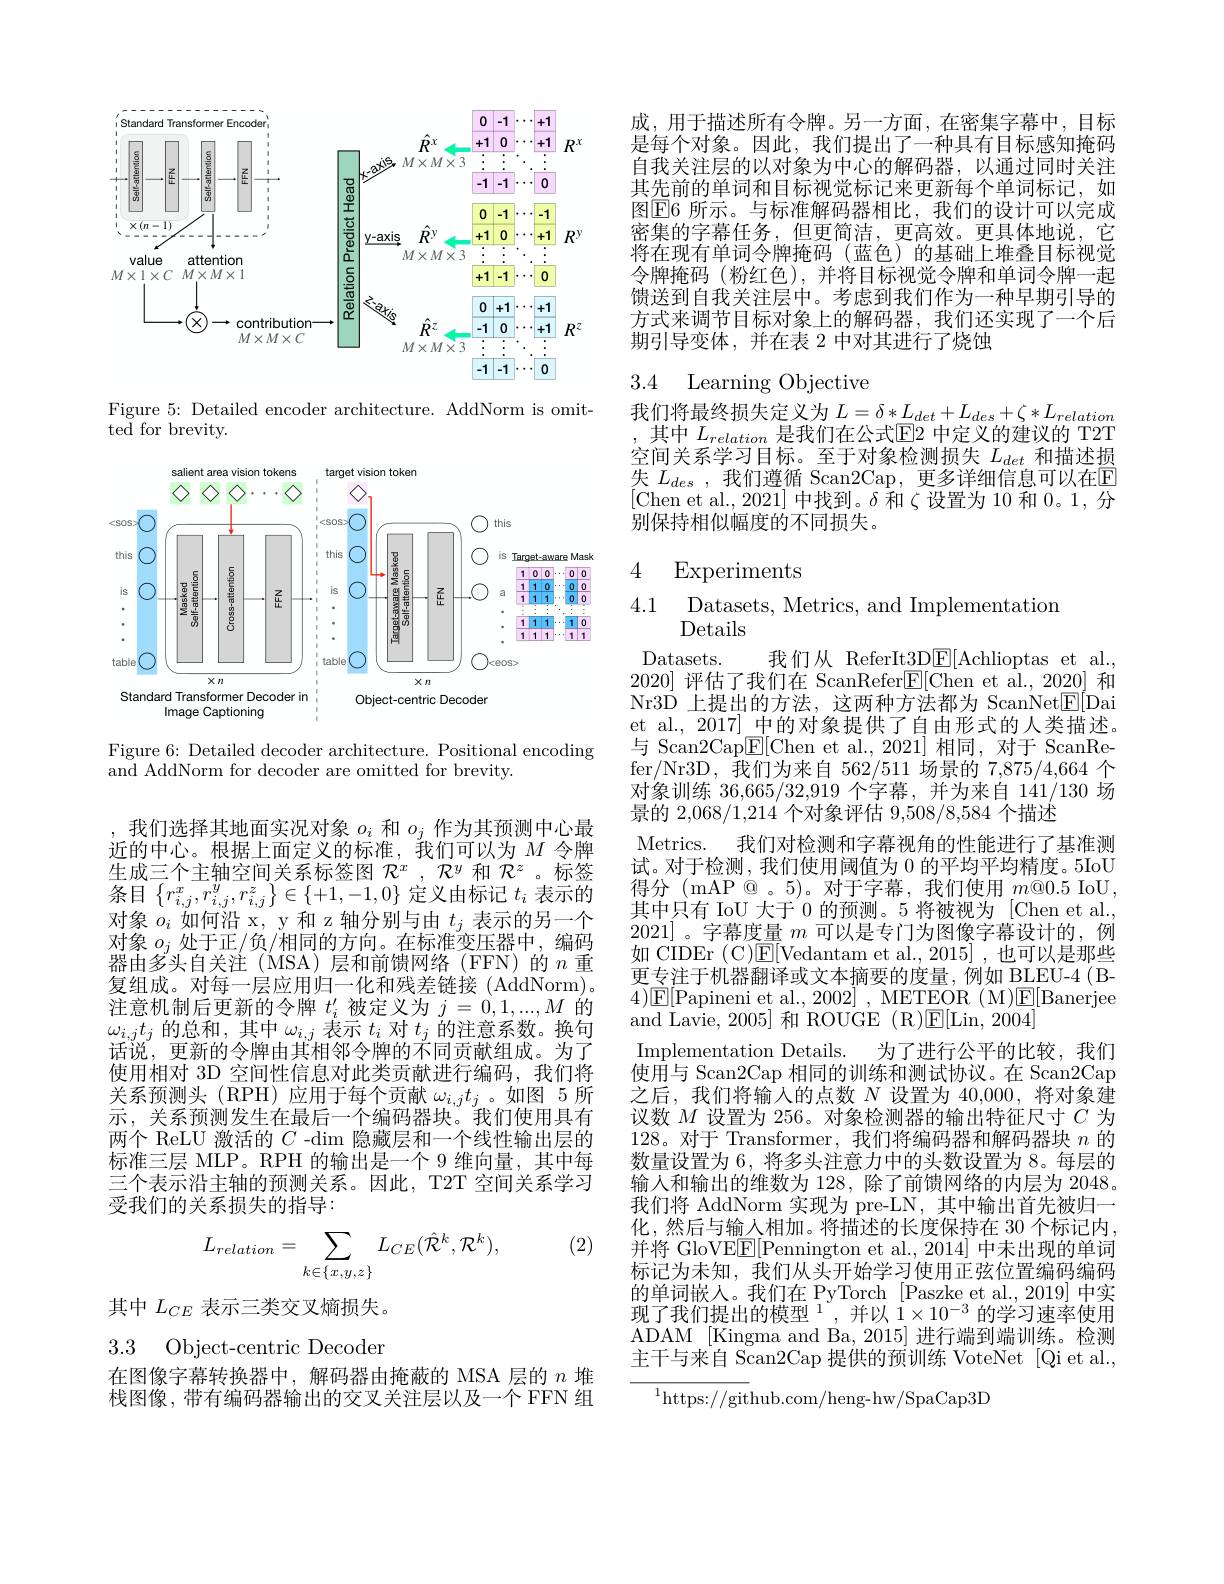
<FigureHere>

Figure 5: Detailed encoder architecture. AddNorm is omit-
${\mathrm{ted~for~brevity.}}$

<FigureHere>

Figure 6: Detailed decoder architecture. Positional encoding
and AddNorm for decoder are omitted for brevity.

我们选择其地面实况对象$o_i$和$o_j$作为其预测中心最近的中心。根据上面定义的标准，我们可以为$M$令牌生成三个主轴空间关系标签图$\mathcal{R}^x,\mathcal{R}^y$和$\mathcal{R}^z$。标签条目$\left\{r_{i,j}^{x},r_{i,j}^{y},r_{i,j}^{z}\right\}\in\left\{+1,-1,0\right\}$定义由标记$t_i$表示的对象$o_i$如何沿 x, y 和 z 轴分别与由$t_j$表示的另一个对象$o_{j}$处于正/负/相同的方向。在标准变压器中，编码器由多头自关注(MSA)层和前馈网络(FFN)的$n$ 重复组成。对每一层应用归一化和残差链接 (AddNorm)。注意机制后更新的令牌$t_i^\prime$被定义为$j=0,1,...,M$的$\omega_{i,j}t_j$的总和 , 其中$\omega_i,j$表示$t_i$对$t_j$的注意系数。换句话说，更新的令牌由其相邻令牌的不同贡献组成。为了使用相对 3D 空间性信息对此类贡献进行编码，我们将关系预测头(RPH)应用于每个贡献$\omega_i,jt_j$。如图 5 所示 , 关系预测发生在最后一个编码器块。我们使用具有两个 ReLU 激活的$C$ -dim 隐藏层和一个线性输出层的标准三层 MLP。RPH 的输出是一个 9 维向量，其中每三个表示沿主轴的预测关系。因此，T2T 空间关系学习受我们的关系损失的指导：

(2)
$$L_{relation}=\sum_{k\in\{x,y,z\}}L_{CE}(\hat{\mathcal{R}}^{k},\mathcal{R}^{k}),$$
其中$L_{CE}$表示三类交叉熵损失。

3.3 Object-centric Decoder

在图像字幕转换器中，解码器由掩蔽的 MSA 层的$n$堆栈图像，带有编码器输出的交叉关注层以及一个 FFN 组

成，用于描述所有令牌。另一方面，在密集字幕中，目标是每个对象。因此，我们提出了一种具有目标感知掩码自我关注层的以对象为中心的解码器，以通过同时关注其先前的单词和目标视觉标记来更新每个单词标记，如图$\overline{\mathrm{E}}$6 所示。与标准解码器相比，我们的设计可以完成密集的字幕任务，但更简洁，更高效。更具体地说，它将在现有单词令牌掩码(蓝色)的基础上堆叠目标视觉令牌掩码(粉红色),并将目标视觉令牌和单词令牌一起馈送到自我关注层中。考虑到我们作为一种早期引导的方式来调节目标对象上的解码器，我们还实现了一个后期引导变体，并在表 2 中对其进行了烧蚀

## 3.4 Learning Objective

我们将最终损失定义为$L=\delta*L_{det}+L_{d}$ ,其中$L_relation$是我们在公式$\boxed{\mathrm{E}}2$ 中定义的建议的 T2T 空间关系学习目标。至于对象检测损失$L_{det}$ $\overline{\text{失 }L_{des}}$,我们遵循 Scan2Cap,更多详细信息可以在E [Chen et al.,2021] 中找到。$\delta$和$\zeta$设置为10 和0。1,分别保持相似幅度的不同损失。

# 4 Experiments

4.1 Datasets, Metrics, and Implementation
Details

Datasets.
我们从 ReferIt3D$\boxed{\mathrm{E}}[$Achl
2020]评估了我们在 ScanRefer$\boxed{\mathrm{E}}[$Chen et al.,2020] 和Nr3D 上提出的方法，这两种方法都为 ScanNet et al., 2017]\_中的对象提供了自由形式的人类描述。与 Scan2Cap$\underline{\mathrm{E}}[$Chen et al.,2021]相同，对于 ScanRefer/Nr3D,我们为来自 562/511 场景的 7对象训练 36,665/32,919 个字幕，并为来自 141/130 场景的 2,068/1,214 个对象评估 9,508/8
Metrics.
我们对检测和字幕视角的性能进行了基准测
试。对于检测，我们使用阈值为 0 的平均平均精度。5Io 得分 (mAP @ 。5)。对于字幕，我们使用$m@0.5$ IoU, 其中只有 IoU 大于 0 的预测。5 将被视为 [Ch 2021]。字幕度量$m$可以是专门为图像字幕设计的，例如 CIDEr ( C)$\mathbb{E}[$Vedantam 更专注于机器翻译或文本摘要的度量，例如 BLEU-4( B- $\sqrt{4})\boxed{\mathrm{E}}[$Papineni et al and Lavie, 2005] 和 ROUGE (R)$\underline{\mathrm{E}}[$Lin, 2004]
Implementation Details. 为了进行公平的比较，我们使用与 Scan2Cap 相同的训练和测试协议。在 Scan2Cap 之后，我们将输入的点数 N 设置为 40,000,将对象建议数$M$设置为 256。对象检测器的输出特征尺寸$C$为128。对于 Transformer,我们将编码器和解码器块$n$的数量设置为 6, 将多头注意力中的头数设置为 8。每层的输人和输出的维数为 128, 除了前馈网络的内层为 2048。我们将 AddNorm 实现为 pre-LN, 其中输出首先被归一化，然后与输人相加。将描述的长度保持在 30 个标记内， 并将 GloVE$\underline{\mathrm{E}}[$Pennington et al.,2014] 中未出现的单词标记为未知，我们从头开始学习使用正弦位置编码编码的单词嵌人。我们在 PyTorch [Paszke et al., 2019] 中实现了我们提出的模型$^1$,并以$1\times10^{-3}$的学习速率使用ADAM [Kingma and Ba, 2015] 进行端到端训练。检测主干与来自 Scan2Cap 提供的预训练 VoteNet [Qi et al.,
$^{1}$https://github.com/heng-hw/SpaCap3D